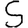
Digit: 5